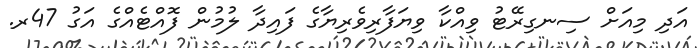
އަދި މިއަށް ސިނގިރޭޓު ވިއްކާ ވިޔަފާރިވެރިޔާގެ ފައިދާ ލުމުން ފޮއްޓެއްގެ އަގު 47ރ.